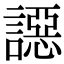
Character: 䜑